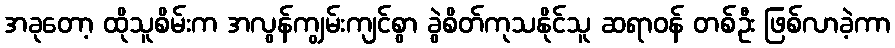
အခုတော့ ထိုသူစိမ်းက အလွန်ကျွမ်းကျင်စွာ ခွဲစိတ်ကုသနိုင်သူ ဆရာဝန် တစ်ဦး ဖြစ်လာခဲ့ကာ